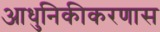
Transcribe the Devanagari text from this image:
आधुनिकीकरणास